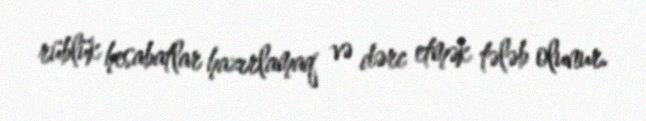
rüblük hesabatlar hazırlamaq və dərc etmək tələb olunur.